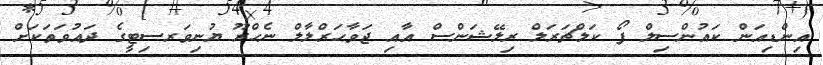
އިންޑިއަން ކައުންސިލް ފޯ ކަލްޗަރަލް ރިލޭޝަންސް އާއި ޖަވާހަރްލާލް ނެހްރޫ ޔުނިވަރސިޓީގެ ދައުވަތަކަށް